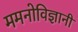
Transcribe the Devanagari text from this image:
ममनोविज्ञानी